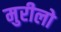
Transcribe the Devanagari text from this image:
मुरीलो